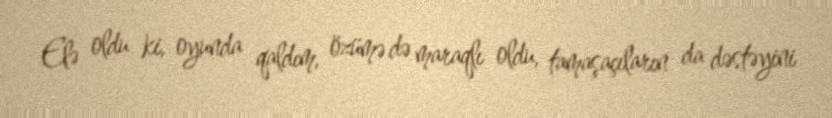
Elə oldu ki, oyunda qaldım, özümə də maraqlı oldu, tamaşaçıların da dəstəyini